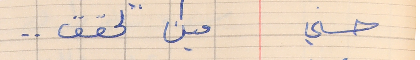
حسني        مين لحقق . .